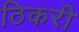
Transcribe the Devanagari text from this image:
ठिकरी